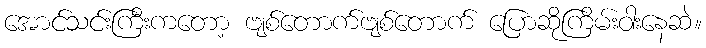
အောင်သင်းကြီးကတော့ ဗျစ်တောက်ဗျစ်တောက် ပြောဆိုကြိမ်းဝါးနေဆဲ။